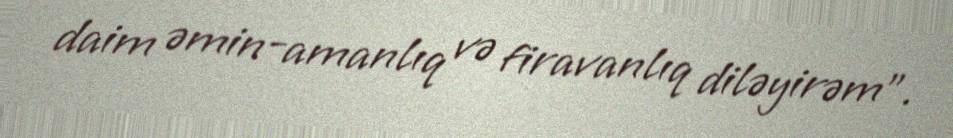
daim əmin-amanlıq və firavanlıq diləyirəm”.